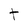
Character: t